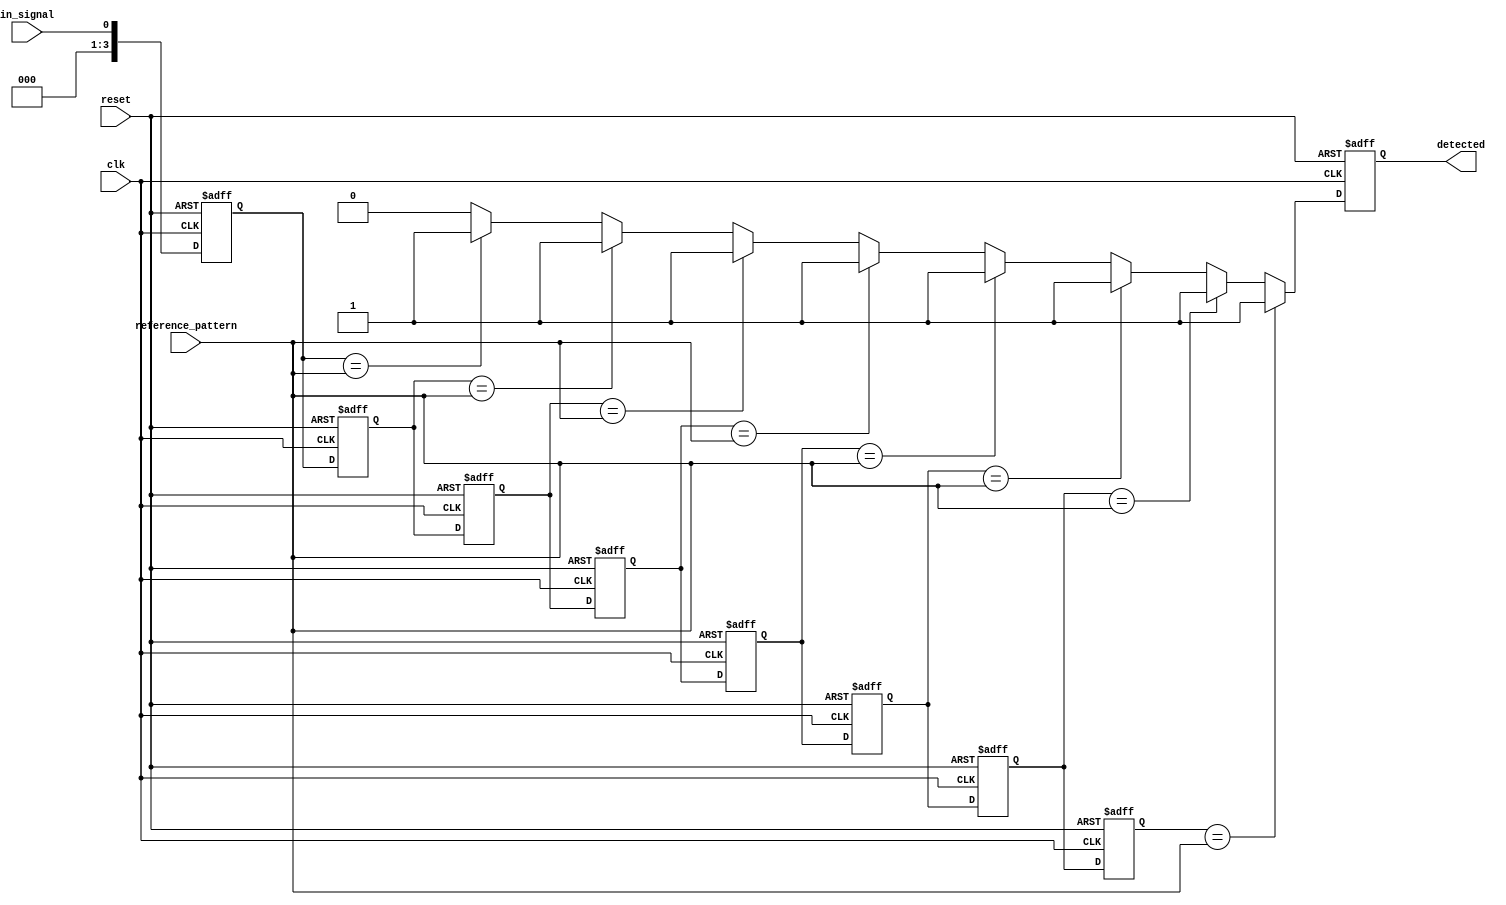
module MemoryBlocksSamplingDelayLineDetector #(
    parameter DELAY_LINE_DEPTH = 8, // Depth of the delay line
    parameter PATTERN_SIZE = 4       // Size of the reference pattern
) (
    input wire clk,                  // Sampling clock
    input wire reset,                // Asynchronous reset
    input wire in_signal,            // Input signal to be sampled
    input wire [PATTERN_SIZE-1:0] reference_pattern, // Reference pattern
    output reg detected              // Detection output signal
);

    // Delay line - an array of registers to store delayed samples
    reg [DELAY_LINE_DEPTH-1:0] delay_line [0:DELAY_LINE_DEPTH-1];
    // Shift register for sampling
    integer i;

    // Sampling mechanism
    always @(posedge clk or posedge reset) begin
        if (reset) begin
            // Reset the delay line
            for (i = 0; i < DELAY_LINE_DEPTH; i = i + 1) begin
                delay_line[i] <= 0;
            end
            detected <= 0;
        end else begin
            // Shift the delay line
            for (i = DELAY_LINE_DEPTH-1; i > 0; i = i - 1) begin
                delay_line[i] <= delay_line[i-1];
            end
            // Sample the input signal
            delay_line[0] <= in_signal;

            // Check for detection in the last few samples
            detected <= 0; // Reset detection
            for (i = 0; i < DELAY_LINE_DEPTH; i = i + 1) begin
                if (delay_line[i][PATTERN_SIZE-1:0] == reference_pattern) begin
                    detected <= 1; // Pattern detected
                end
            end
        end
    end

endmodule